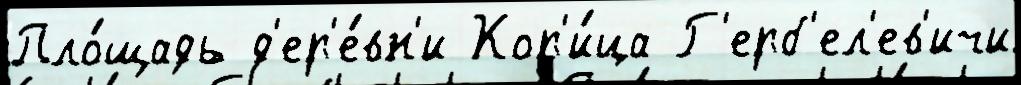
Пло́щадь д'ер'е́вн'и Кор'и́ца Г'ерб'ел'ев'ичи